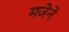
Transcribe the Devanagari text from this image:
मजेने